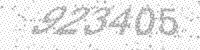
Solution: 923405